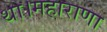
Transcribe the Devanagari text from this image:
था।महाराणा